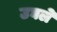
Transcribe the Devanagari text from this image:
उघले